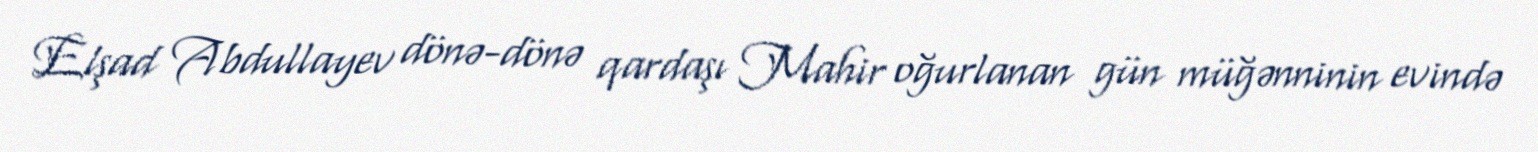
Elşad Abdullayev dönə-dönə qardaşı Mahir oğurlanan gün müğənninin evində